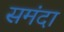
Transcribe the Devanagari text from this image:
समंदा